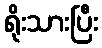
ရိုးသားပြီး